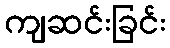
ကျဆင်းခြင်း